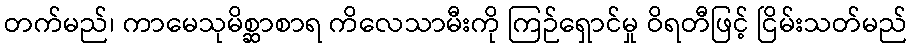
တက်မည်၊ ကာမေသုမိစ္ဆာစာရ ကိလေသာမီးကို ကြဉ်ရှောင်မှု ဝိရတီဖြင့် ငြိမ်းသတ်မည်